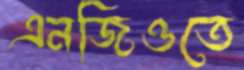
এনজিওতে